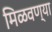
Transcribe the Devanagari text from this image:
मिळवण्या